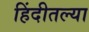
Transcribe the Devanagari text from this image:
हिंदीतल्या